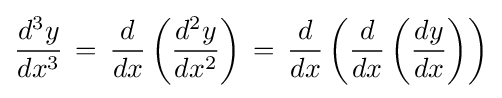
{\frac {d^{3}y}{dx^{3}}}\,=\,{\frac {d}{dx}}\left({\frac {d^{2}y}{dx^{2}}}\right)\,=\,{\frac {d}{dx}}\left({\frac {d}{dx}}\left({\frac {dy}{dx}}\right)\right)